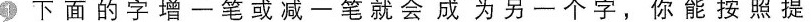
①下面的字增一笔或减一笔就会成为另一个字，你能按照提